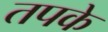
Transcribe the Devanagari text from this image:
तपके